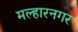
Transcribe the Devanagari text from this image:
मल्हारनगर